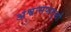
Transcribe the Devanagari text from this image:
अश्वःसप्तमुखौ